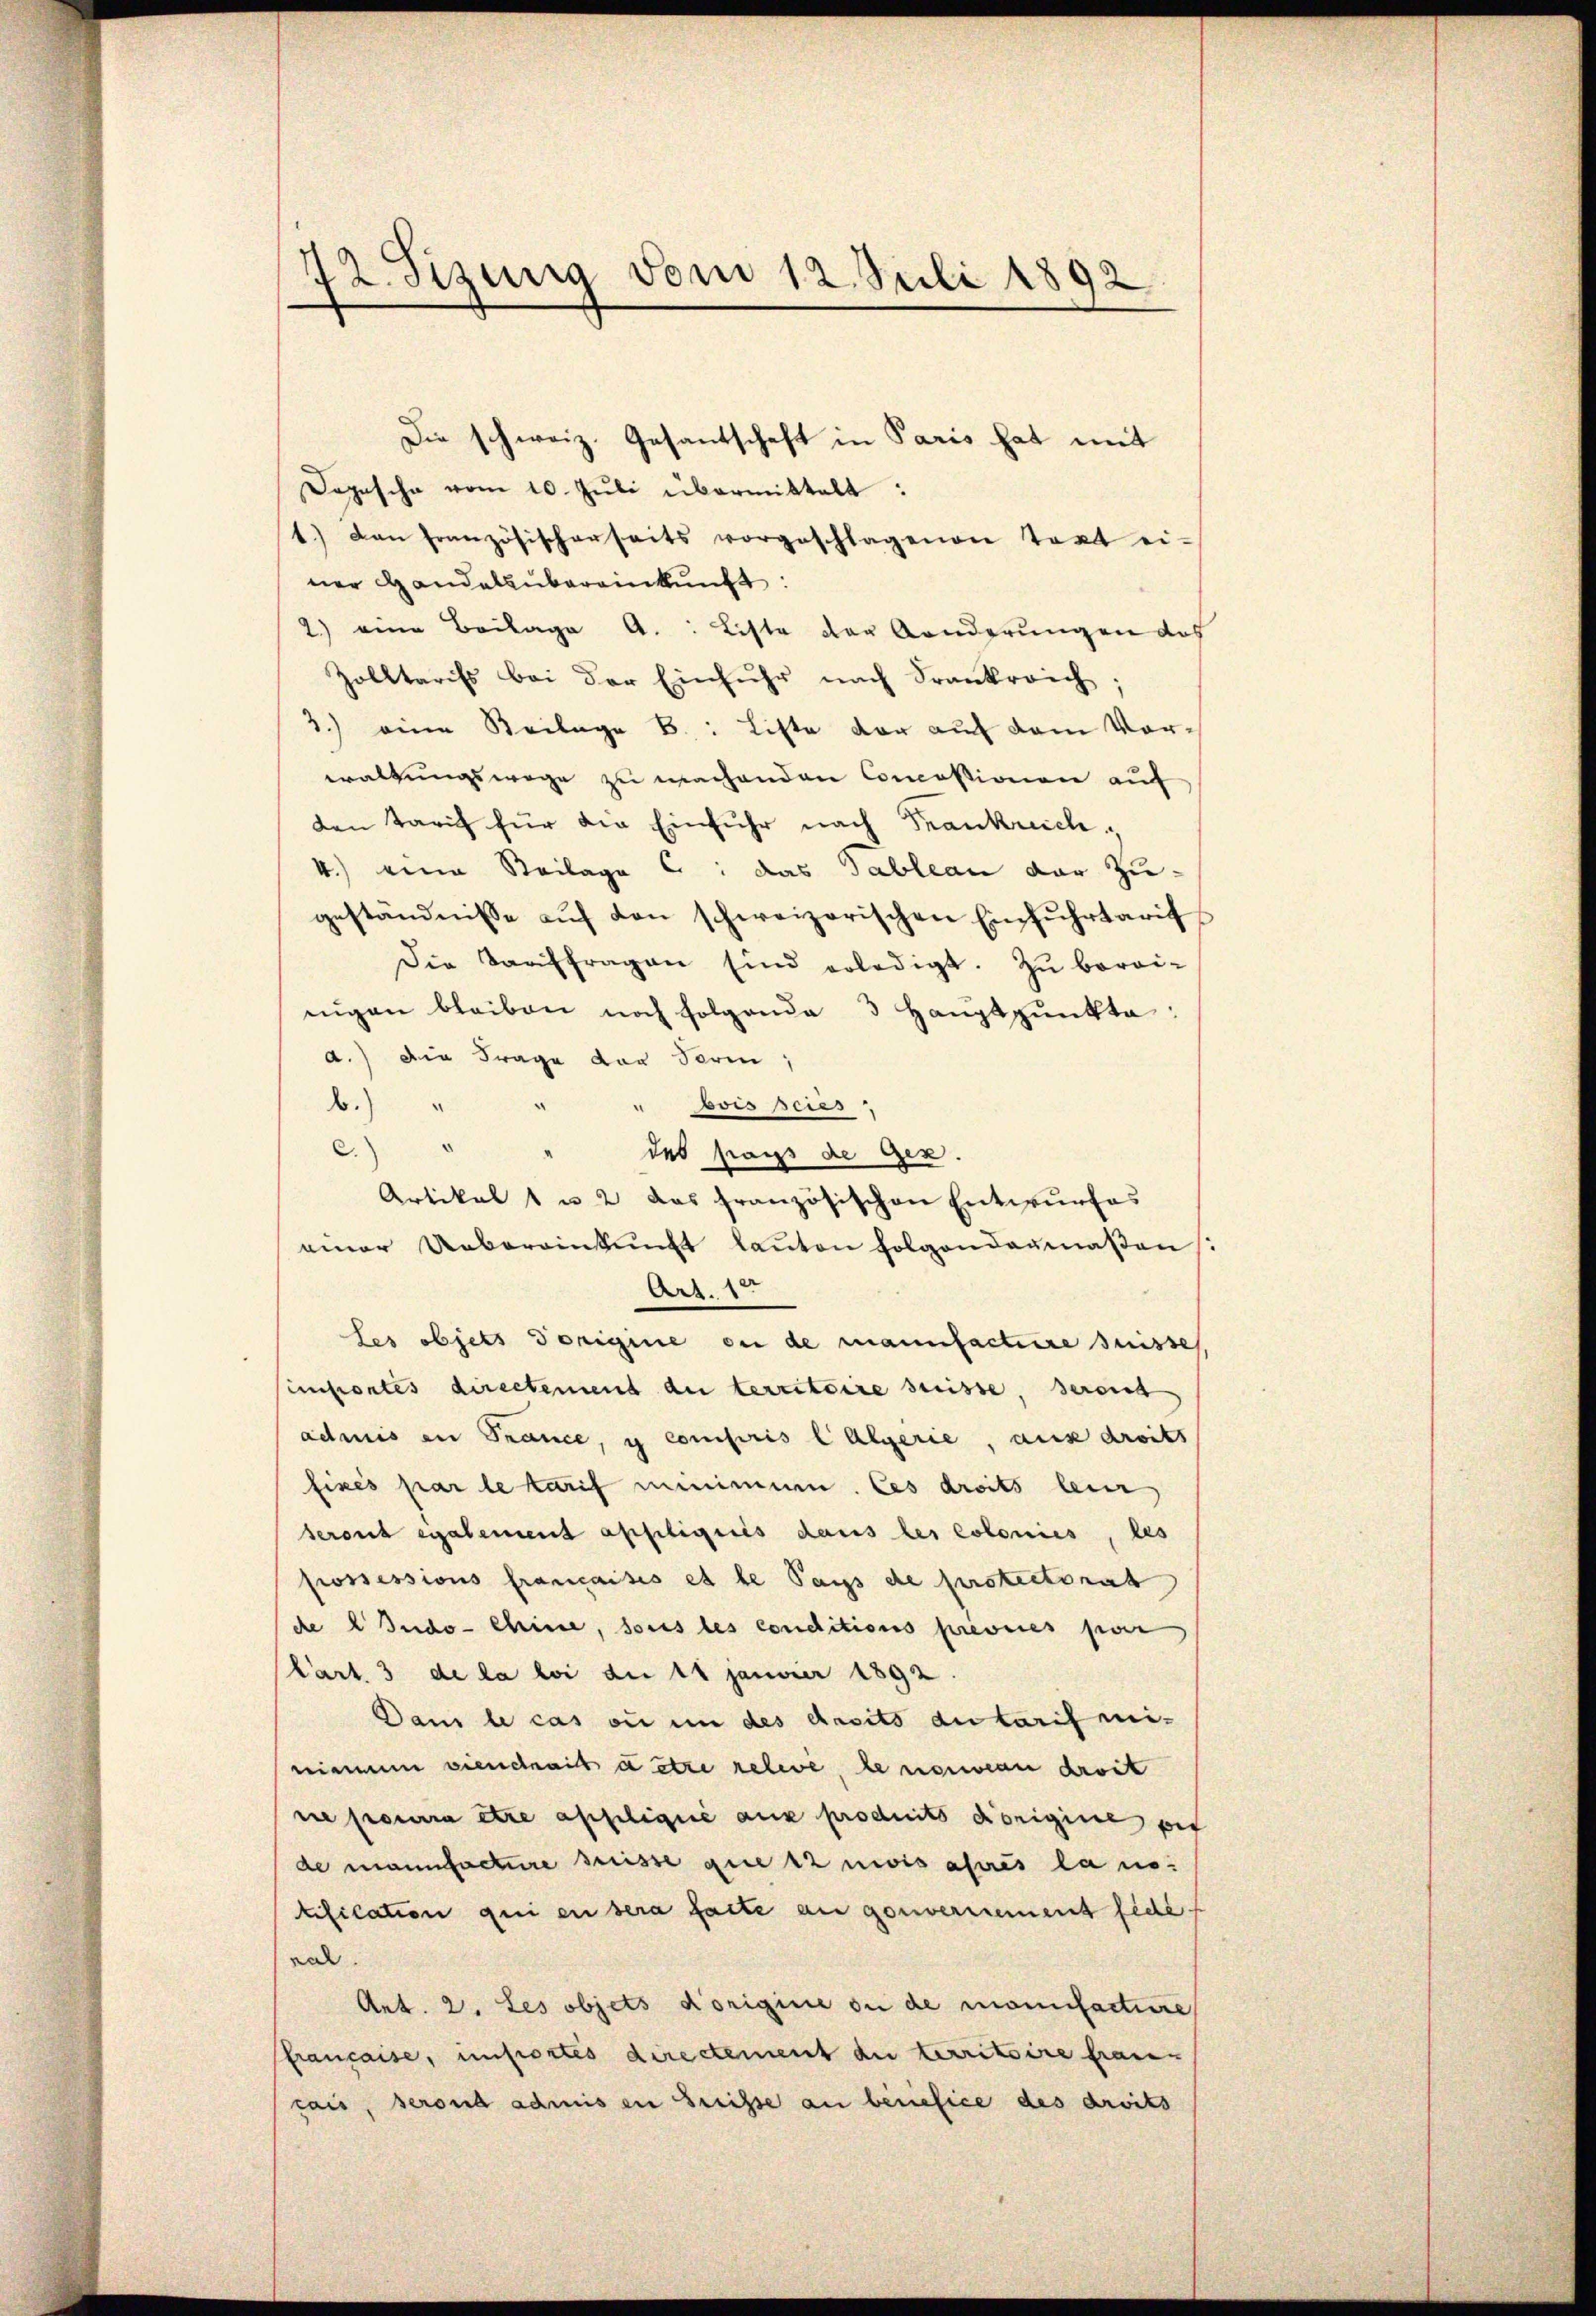
72. Sizung vom 12. Juli 1892

Die schweiz. Gesantschaft in Paris hat mit
Dopesche vom 10. Jŭli übermittelt:
1.) Dan französischerseits vorgeschlagenen Text ei-
ner Handelsübereinkunft:
2) eine Beilage A.: Liste der Aenderungen das
Zolltarifs bei der Einfuhr nach Frankreich;
3.) eine Beilage B.: Litte der auf dem Vorwaltungswege zu machenden Concessionen auf
den Tarif für die Einfuhr nach Frankreich
4.) eine Beilage : das Tableau der Zugeständnisse auf den schweizerischen Einfuhrtarif
Die Taaffragen sind erledigt. Zu berei-
eŭgen bleiben noch folgende 3 Haŭptpŭnkte:
d.) die Frage der Ferin,
" Wisseres
b.
c.
des frags de Gex.
Artikel 1 u 2 das französischen Entwurfes
einer Uebereinkunft kanten folgendermaßen
Art. 18
les objets vorigine ou de manufacture suisses,
impontes directement du territoire suisse, seront
admis in France, y compris l Algerie, aux droits
fixés par le kauf minime. Ces droits leur
seront également appliquis dans les colonies, les
prossessions francaisis et le Taps de protectorat
de Indo- Chine, sous les conditions previces pour
Cart. 3 de la loi die 14 Januar 1892.
Dans le cas ou in des dasits der tarifmi-
rinum vienchait à être releve, le nouveau droit
ne pourra être appeligiié aux produits vorigine per
de manufacture suisse guetz nivis asurés la notification qui en sera faite an gouvernement fide f
val.
Art. 2. Les objets origine ou de monifacture
française, infortes directement du territoire fran-
tais, seront admis in Greisse an beriefice des droits